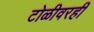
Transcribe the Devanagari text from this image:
टोळीवरही